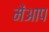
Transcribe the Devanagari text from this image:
मेंआप